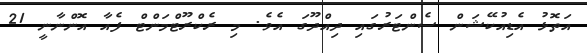
އަތޮޅު އެޑިއުކޭޝަން ސެންޓަރުގައި ދިއްދޫގަ އެވެ. މި ރެކްރޫޓްމަންޓް ފެއާ އޮންނާނީ 21